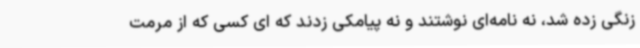
زنگی زده شد، نه نامه‌ای نوشتند و نه پیامکی زدند که ای کسی که از مرمت